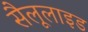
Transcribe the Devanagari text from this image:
सैलूलाइड